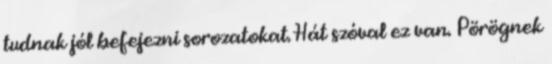
tudnak jól befejezni sorozatokat. Hát szóval ez van. Pörögnek